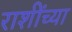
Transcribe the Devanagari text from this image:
राशींच्या